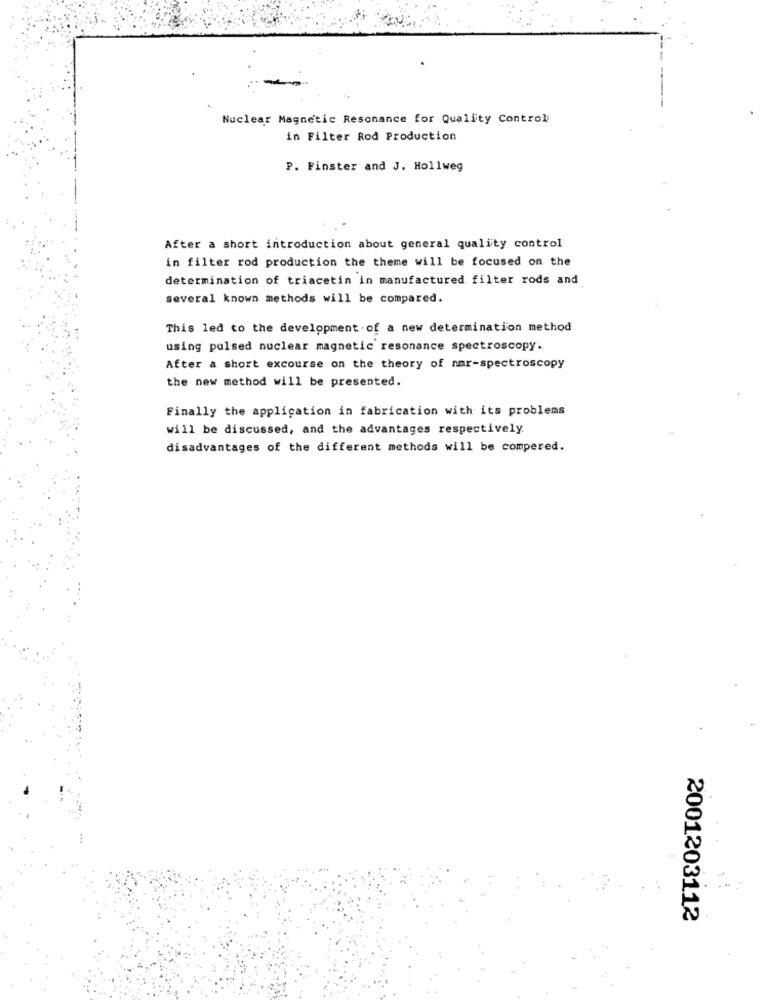
Nuclear Magnetic Resonance for Quality Control
in Filter Rod Production
P. Finster and J. Hollweg
After a short introduction about general quality control
in filter rod production the theme will be focused on the
determination of triacetin in manufactured filter rods and
several known methods will be compared.
This led to the development of a new determination method
using pulsed nuclear magnetic resonance spectroscopy.
After a short excourse on the theory of nar-spectroscopy
the new method will be presented.
Finally the application in fabrication with its problems
will be discussed, and the advantages respectively
disadvantages of the different methods will be compered.
2001203112